Preliminary report of a malaria survey of Calcutta and environs
Disease focus: Malaria
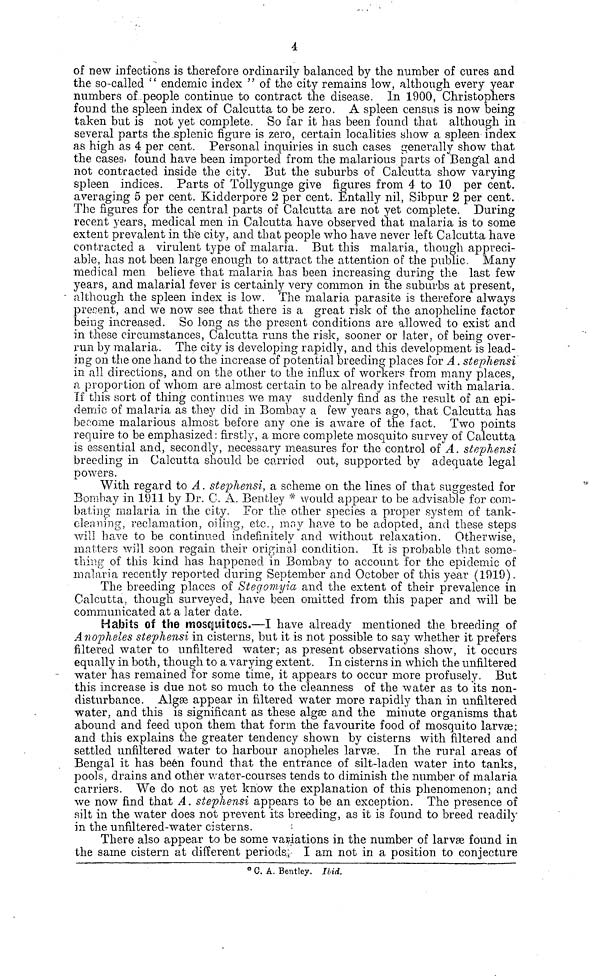
4
of new infections is therefore ordinarily balanced by the number of cures and
the so-called " endemic index " of the city remains low, although every year
numbers of people continue to contract the disease. In 1900, Christophers
found the spleen index of Calcutta to be zero. A spleen census is now being
taken but is not yet complete. So far it has been found that although in
several parts the splenic figure is zero, certain localities show a spleen index
as high as 4 per cent. Personal inquiries in such cases generally show that
the cases found have been imported from the malarious parts of Bengal and
not contracted inside the city. But the suburbs of Calcutta show varying
spleen indices. Parts of Tollygunge give figures from 4 to 10 per cent.
averaging 5 per cent. Kidderpore 2 per cent. Entally nil, Sibpur 2 per cent.
The figures for the central parts of Calcutta are not yet complete. During
recent years, medical men in Calcutta have observed that malaria is to some
extent prevalent in the city, and that people who have never left Calcutta have
contracted a virulent type of malaria. But this malaria, though appreci-
able, has not been large enough to attract the attention of the public. Many
medical men believe that malaria has been increasing during the last few
years, and malarial fever is certainly very common in the suburbs at present,
although the spleen index is low. The malaria parasite is therefore always
present, and we now see that there is a great risk of the anopheline factor
being increased. So long as the present conditions are allowed to exist and
in these circumstances, Calcutta runs the risk, sooner or later, of being over-
run by malaria. The city is developing rapidly, and this development is lead-
ing on the one hand to the increase of potential breeding places for A . stephensi
in all directions, and on the other to the influx of workers from many places,
a proportion of whom are almost certain to be already infected with malaria.
If this sort of thing continues we may suddenly find as the result of an epi-
demic of malaria as they did in Bombay a few years ago, that Calcutta has
become malarious almost before any one is aware of the fact. Two points
require to be emphasized: firstly, a more complete mosquito survey of Calcutta
is essential and, secondly, necessary measures for the control of A. stephensi
breeding in Calcutta should be carried out, supported by adequate legal
powers.
With regard to A. stephensi, a scheme on the lines of that suggested for
Bombay in 1911 by Dr. C. A. Bentley * would appear to be advisable for com-
bating malaria in the city. For the other species a proper system of tank-
cleaning, reclamation, oiling, etc., may have to be adopted, and these steps
will have to be continued indefinitely and without relaxation. Otherwise,
matters will soon regain their original condition. It is probable that some-
thing of this kind has happened in Bombay to account for the epidemic of
malaria recently reported during September and October of this year (1919).
The breeding places of Stegomyia and the extent of their prevalence in
Calcutta, though surveyed, have been omitted from this paper and will be
communicated at a later date.
Habits of the mosquitoes.—I have already mentioned the breeding of
Anopheles stephensi in cisterns, but it is not possible to say whether it prefers
filtered water to unfiltered water; as present observations show, it occurs
equally in both, though to a varying extent. In cisterns in which the unfiltered
water "has remained for some time, it appears to occur more profusely. But
this increase is due not so much to the cleanness of the water as to its non-
disturbance. Algae appear in filtered water more rapidly than in unfiltered
water, and this is significant as these algae and the minute organisms that
abound and feed upon them that form the favourite food of mosquito larvæ;
and this explains the greater tendency shown by cisterns with filtered and
settled unfiltered water to harbour anopheles larvæ. In the rural areas of
Bengal it has been found that the entrance of silt-laden water into tanks,
pools, drains and other water-courses tends to diminish the number of malaria
carriers. We do not as yet know the explanation of this phenomenon; and
we now find that A. stephensi appears to be an exception. The presence of
silt in the water does not prevent its breeding, as it is found to breed readily
in the unfiltered-water cisterns.
There also appear to be some variations in the number of larvae found in
the same cistern at different periods, I am not in a position to conjecture
* C. A. Bentley. Ibid.